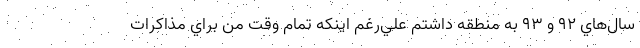
سال‌هاي 92 و 93 به منطقه داشتم علي‌رغم اينكه تمام وقت من براي مذاكرات